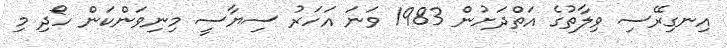
އިނގިރޭސި ވިލާތުގެ އަތްދަށުން 1983 ވަނަ އަހަރު ސިޔާސީ މިނިވަންކަން ހޯދި މި